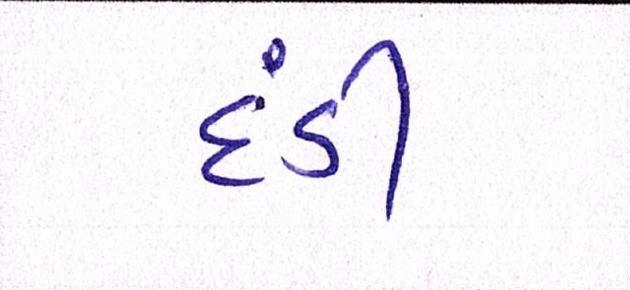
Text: દંડી